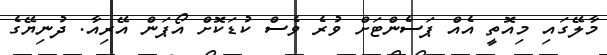
މާލޭގައި މިއޮތީ އެއް ޕަސެންޓަށް ވުރެ ވެސް ކުޑަކޮށް އޯޕަން އޭރިއާ. ދުނިޔޭގެ